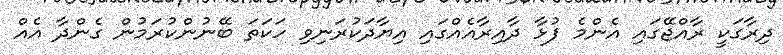
ދިރާގަކީ ރާއްޖޭގައި އެންމެ ފުޅާ ދާއިރާއެއްގައި އިޔާދަކުރަނިވި ހަކަތަ ބޭނުންކުރަމުން ގެންދާ އެއް